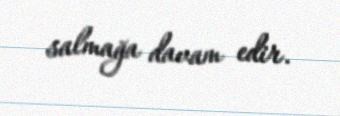
salmağa davam edir.